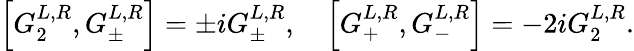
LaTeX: \left[G_{2}^{L,R},G_{\pm}^{L,R}\right]=\pm iG_{\pm}^{L,R},\quad\left[G_{+}^{L,R},G_{-}^{L,R}\right]=-2iG_{2}^{L,R}.